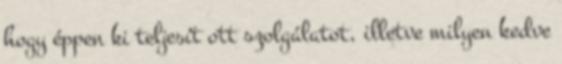
hogy éppen ki teljesít ott szolgálatot, illetve milyen kedve